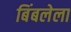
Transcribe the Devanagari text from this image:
बिंबलेला